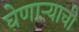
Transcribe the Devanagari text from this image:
घेणाऱ्याची